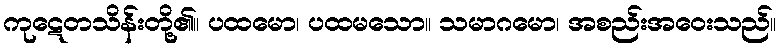
ကုဋေတသိန်းတို့၏။ ပထမော၊ ပထမသော။ သမာဂမော၊ အစည်းအဝေးသည်။